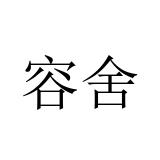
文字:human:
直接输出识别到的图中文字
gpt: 容舍